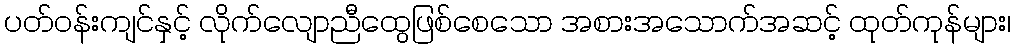
ပတ်ဝန်းကျင်နှင့် လိုက်လျောညီထွေဖြစ်စေသော အစားအသောက်အဆင့် ထုတ်ကုန်များ၊